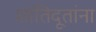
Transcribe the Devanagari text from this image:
शांतिदूतांना